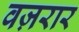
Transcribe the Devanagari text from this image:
वज़रार